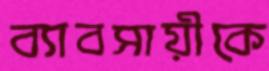
ব্যাবসায়ীকে